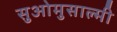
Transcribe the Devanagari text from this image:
सुओमुसाल्मी